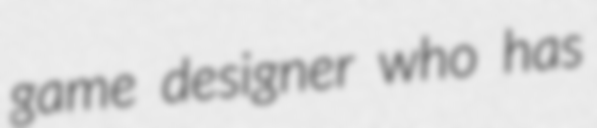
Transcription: game designer who has